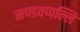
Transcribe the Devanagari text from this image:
मण्डवप्पल्लि